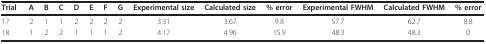
<table><thead><tr><td><b>Trial</b></td><td><b>A</b></td><td><b>B</b></td><td><b>C</b></td><td><b>D</b></td><td><b>E</b></td><td><b>F</b></td><td><b>G</b></td><td><b>Experimental size</b></td><td><b>Calculated size</b></td><td><b>% error</b></td><td><b>Experimental FWHM</b></td><td><b>Calculated FWHM</b></td><td><b>% error</b></td></tr></thead><tbody><tr><td>17</td><td>2</td><td>1</td><td>1</td><td>2</td><td>2</td><td>2</td><td>2</td><td>3.31</td><td>3.67</td><td>9.8</td><td>57.7</td><td>62.7</td><td>8.8</td></tr><tr><td>18</td><td>1</td><td>2</td><td>2</td><td>1</td><td>1</td><td>1</td><td>2</td><td>4.17</td><td>4.96</td><td>15.9</td><td>48.3</td><td>48.3</td><td>0</td></tr></tbody></table>